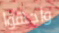
واجهوا